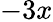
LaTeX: -3x